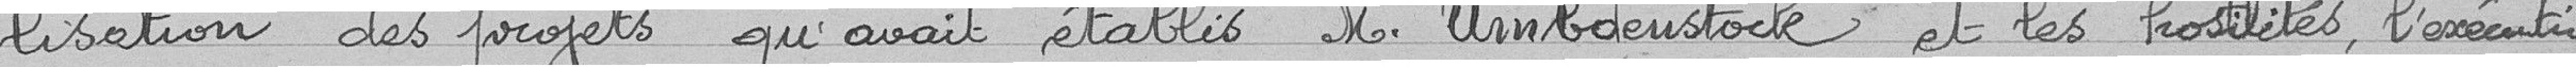
-lisation des projets qu'avait établis Monsieur Umbdenstock et les hostilités, l'exécution